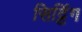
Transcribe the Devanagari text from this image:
सिट्टिंग